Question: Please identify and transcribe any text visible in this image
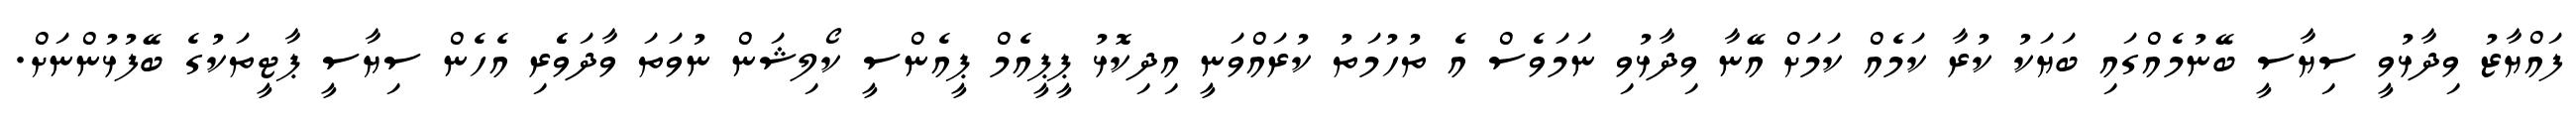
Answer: ފައްޔާޒު ވިދާޅުވީ ސިޔާސީ ބޭނުމެއްގައި ބަޔަކު ކުރާ ކަމެއް ކަމަށް އޭނާ ވިދާޅުވި ނަމަވެސް އެ ތުހުމަތު ކުރައްވަނީ އިދިކޮޅު ޕީޕީއެމް ޕީއެންސީ ކޯލިޝަން ނުވަތަ ވާދަވެެރި އެހެން ސިޔާސީ ޕާޓީތަކުގެ ބޭފުޅުންނަށް.